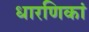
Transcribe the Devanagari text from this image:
धारणिकां